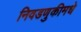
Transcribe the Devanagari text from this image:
निवडणुकीमधे